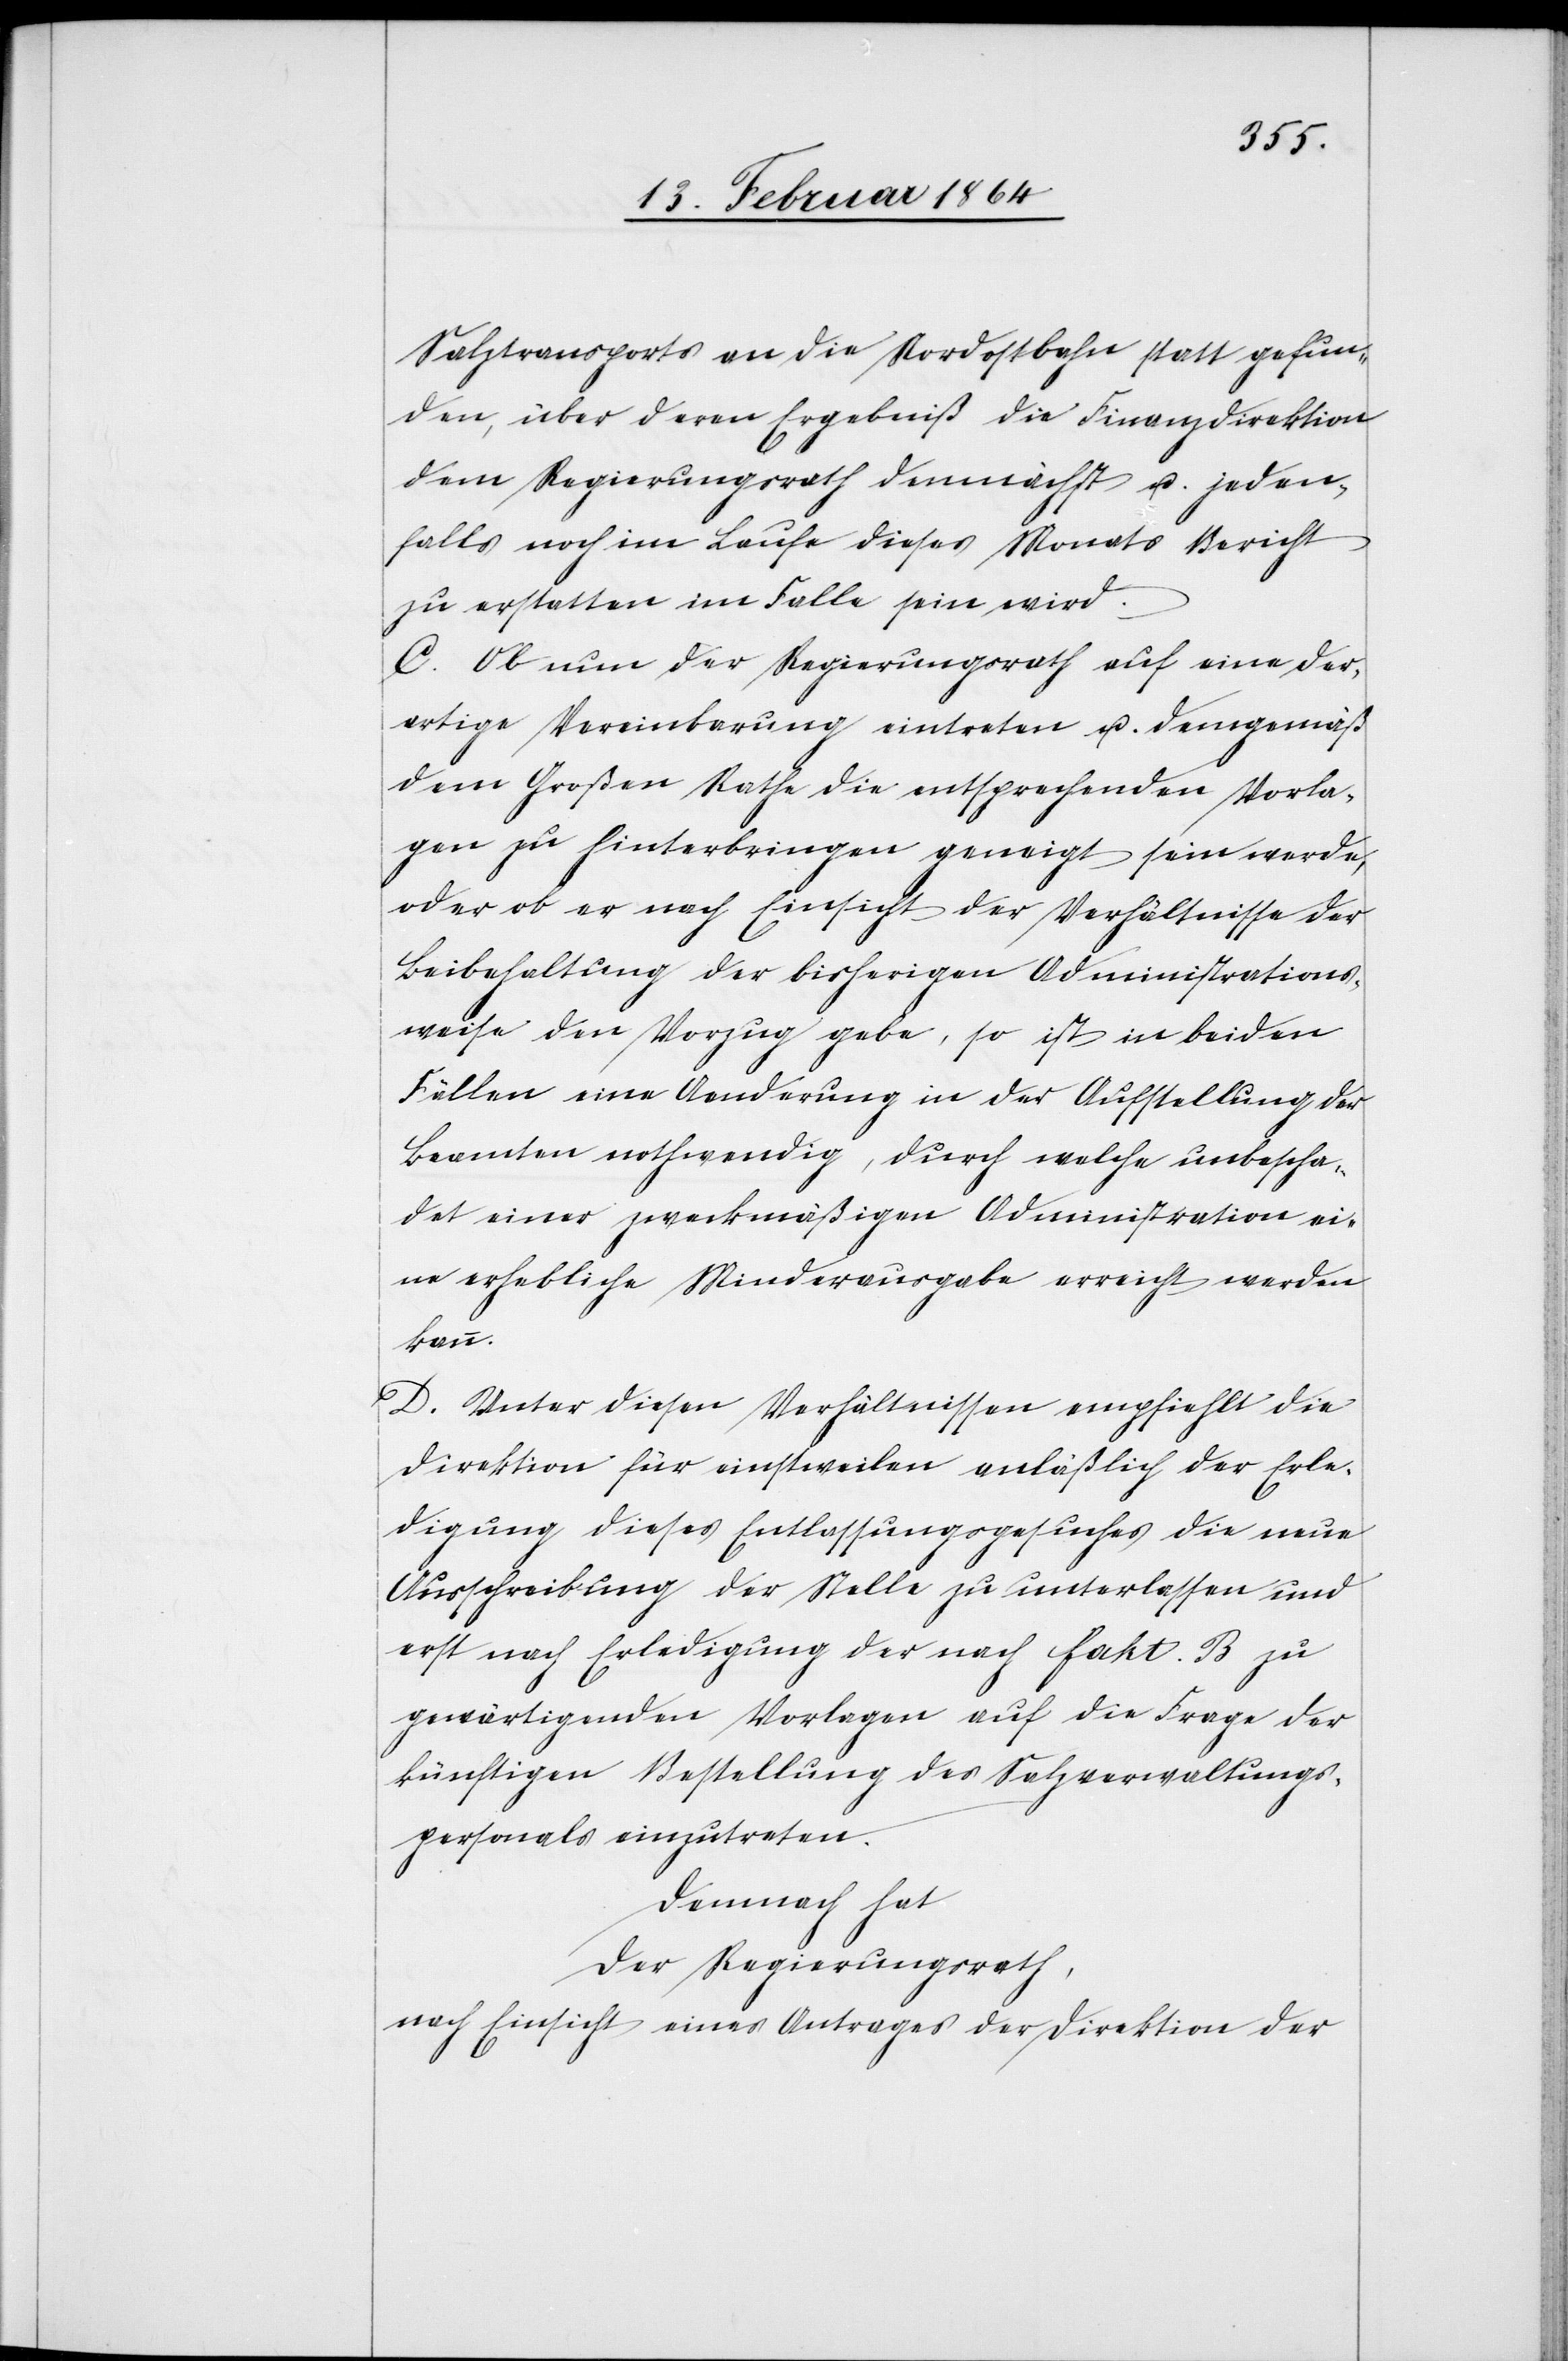
Salztransports an die Nordostbahn statt gefun¬
den, über deren Ergebniß die Finanzdirektion
dem Regierungsrath demnächst u. jeden¬
falls noch im Laufe dieses Monats Bericht
zu erstatten im Falle sein wird.
C. Ob nun der Regierungsrath auf eine der¬
artige Vereinbarung eintreten u. demgemäß
dem Großen Rathe die entsprechenden Vorla¬
gen zu hinterbringen geneigt sein werde,
oder ob er nach Einsicht der Verhältnisse der
Beibehaltung der bisherigen Administrations¬
weise den Vorzug gebe, so ist in beiden
Fällen eine Aenderung in der Aufstellung der
Beamten nothwendig, durch welche unbescha¬
det einer zweckmäßigen Administration ei¬
ne erhebliche Minderausgabe erreicht werden
kann.
D. Unter diesen Verhältnissen empfiehlt die
Direktion für einstweilen anläßlich der Erle¬
digung dieses Entlassungsgesuches die neue
Ausschreibung der Stelle zu unterlassen und
erst nach Erledigung der nach fakt. B. zu
gewärtigenden Vorlagen auf die Frage der
künftigen Bestellung des Salzverwaltungs¬
personals einzutreten.
Demnach hat
der Regierungsrath,
nach Einsicht eines Antrages der Direktion der